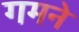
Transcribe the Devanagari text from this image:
गमने